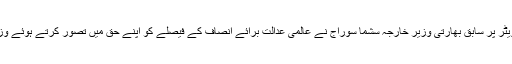
فیصلے سے قبل ہی سماجی رابطے کی ویب سائٹ ٹویٹر پر سابق بھارتی وزیر خارجہ سشما سوراج نے عالمی عدالت برائے انصاف کے فیصلے کو اپنے حق میں تصور کرتے ہوئے وزیراعظم نریندرا مودی کو مبارک باد بھی دے بیٹھیں۔